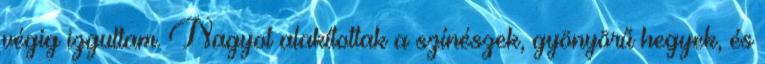
végig izgultam. Nagyot alakítottak a színészek, gyönyörű hegyek, és